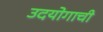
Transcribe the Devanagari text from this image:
उदयोगाची